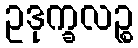
ဥဒုက္ခလဉ္စ